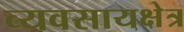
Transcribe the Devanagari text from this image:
व्यवसायक्षेत्र